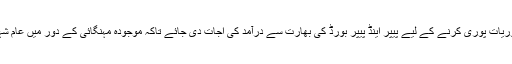
اس کے علاوہ کمیابی کی صورت میں بھی ملکی ضروریات پوری کرنے کے لیے پیپر اینڈ پیپر بورڈ کی بھارت سے درآمد کی اجات دی جائے تاکہ موجودہ مہنگائی کے دور میں عام شہری اپنے بچوں کی تعلیمی ضروریات پوری کرسکے۔